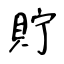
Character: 貯